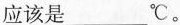
应该是___ ℃。